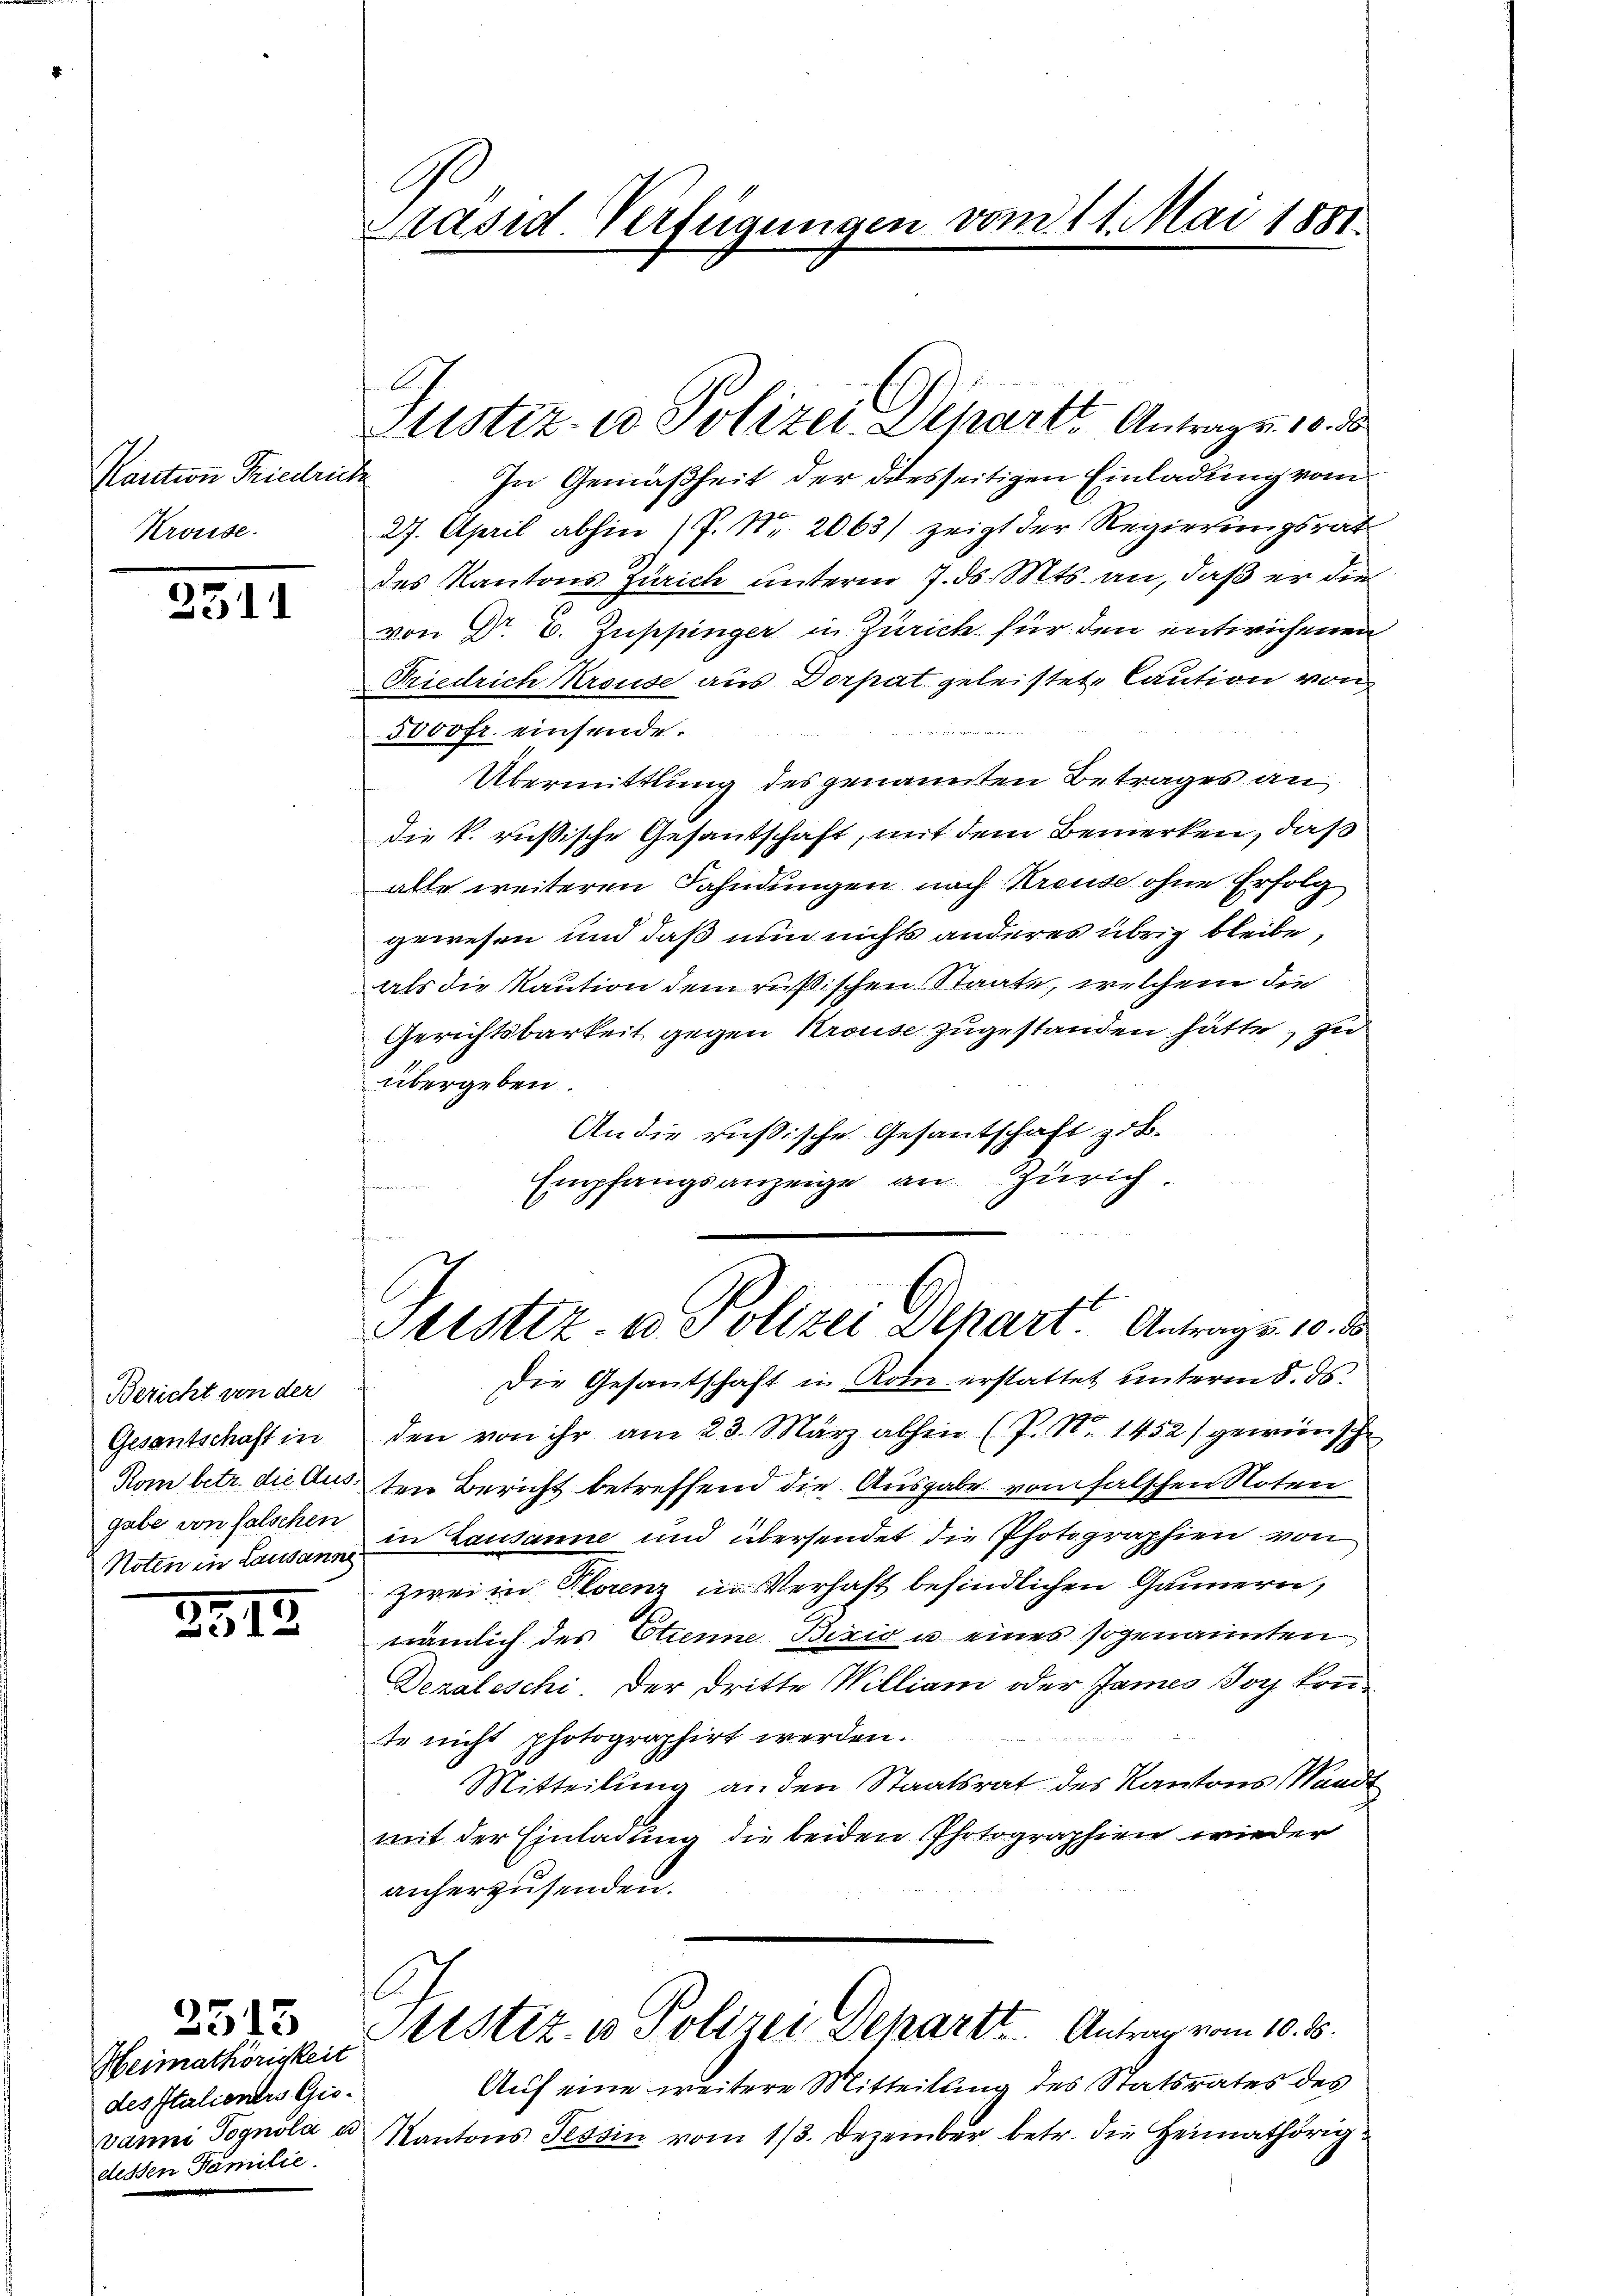
Kaution Friedrich
Krouse.

2311

Bericht von der
Gesentschaft in
Rom betr. die Aus
gabe von falschen
Noten in Lausann

2315.

Heimathörigkeit
des Italientes Gio¬
Vanni Tognola u
dessen Familie.

2515

Präsid. Verfügungen vom 11. Mai 1881.

In Gemäßheit der diesseitigen Einladung vom
27. April abhin (P. Nr. 2063/ zeigt der Regierungsrat
des Kantons Zürich unterm 7. ds. Mts. an, daß er die
von Dr. E. Zuppinger in Zürich für den entwichenen
Friedrich Kreuse aus Dorpat geleistete Caution von
5000fr. einsende.
Übermittlung des genannten Betrages an
Die k. russische Gesantschaft, mit dem Bemerken, daß
alle weiteren Fahndungen nach Kreuse ohne Erfolg
gewesen und daß nun nichts anderes übrig bleibe,
als die Kaution dem rußischen Staate, welchem die
Gerichtsbarkeit gegen Krouse zugestanden hätte, zu
übergeben.
An die russische Gesantschaft zu.
Empfangsanzeige an Zürich.
s

Justiz- u Polizei Departt. Antragen 10.

Justiz- & Polizei Depart. Antragen 10. d

Die Gesantschaft in Rom erstattet unterm 8. ds.
den von ihr am 23. März abhin (P. N. 1452) gewünsch
ten Bericht betreffend die Ausgabe vom falschen Noten
in Lausanne und übersendet die Photographien von
zwei in Planz in Verhaft befindlichen Gännern,
nämlich des Etienne Biris u eines sogenannten
Dezaleschi. Der Dritte William oder James Joch konte nicht photographirt werden.
Mitteilung an den Staatsrat des Kantons Waadt
mit der Einladung die beiden Photographien wieder
anherzusenden.
.
Sistiz- u Polizei Departt. Antrag vom 10. 5.
Auf eine weitere Mitteilung des Statsrates des
Kantons Tessin vom 13. Dezember betr. die Heimathörig¬